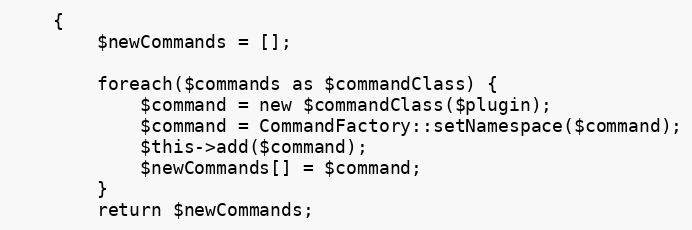
Language: PHP
    {
        $newCommands = [];

        foreach($commands as $commandClass) {
            $command = new $commandClass($plugin);
            $command = CommandFactory::setNamespace($command);
            $this->add($command);
            $newCommands[] = $command;
        }
        return $newCommands;